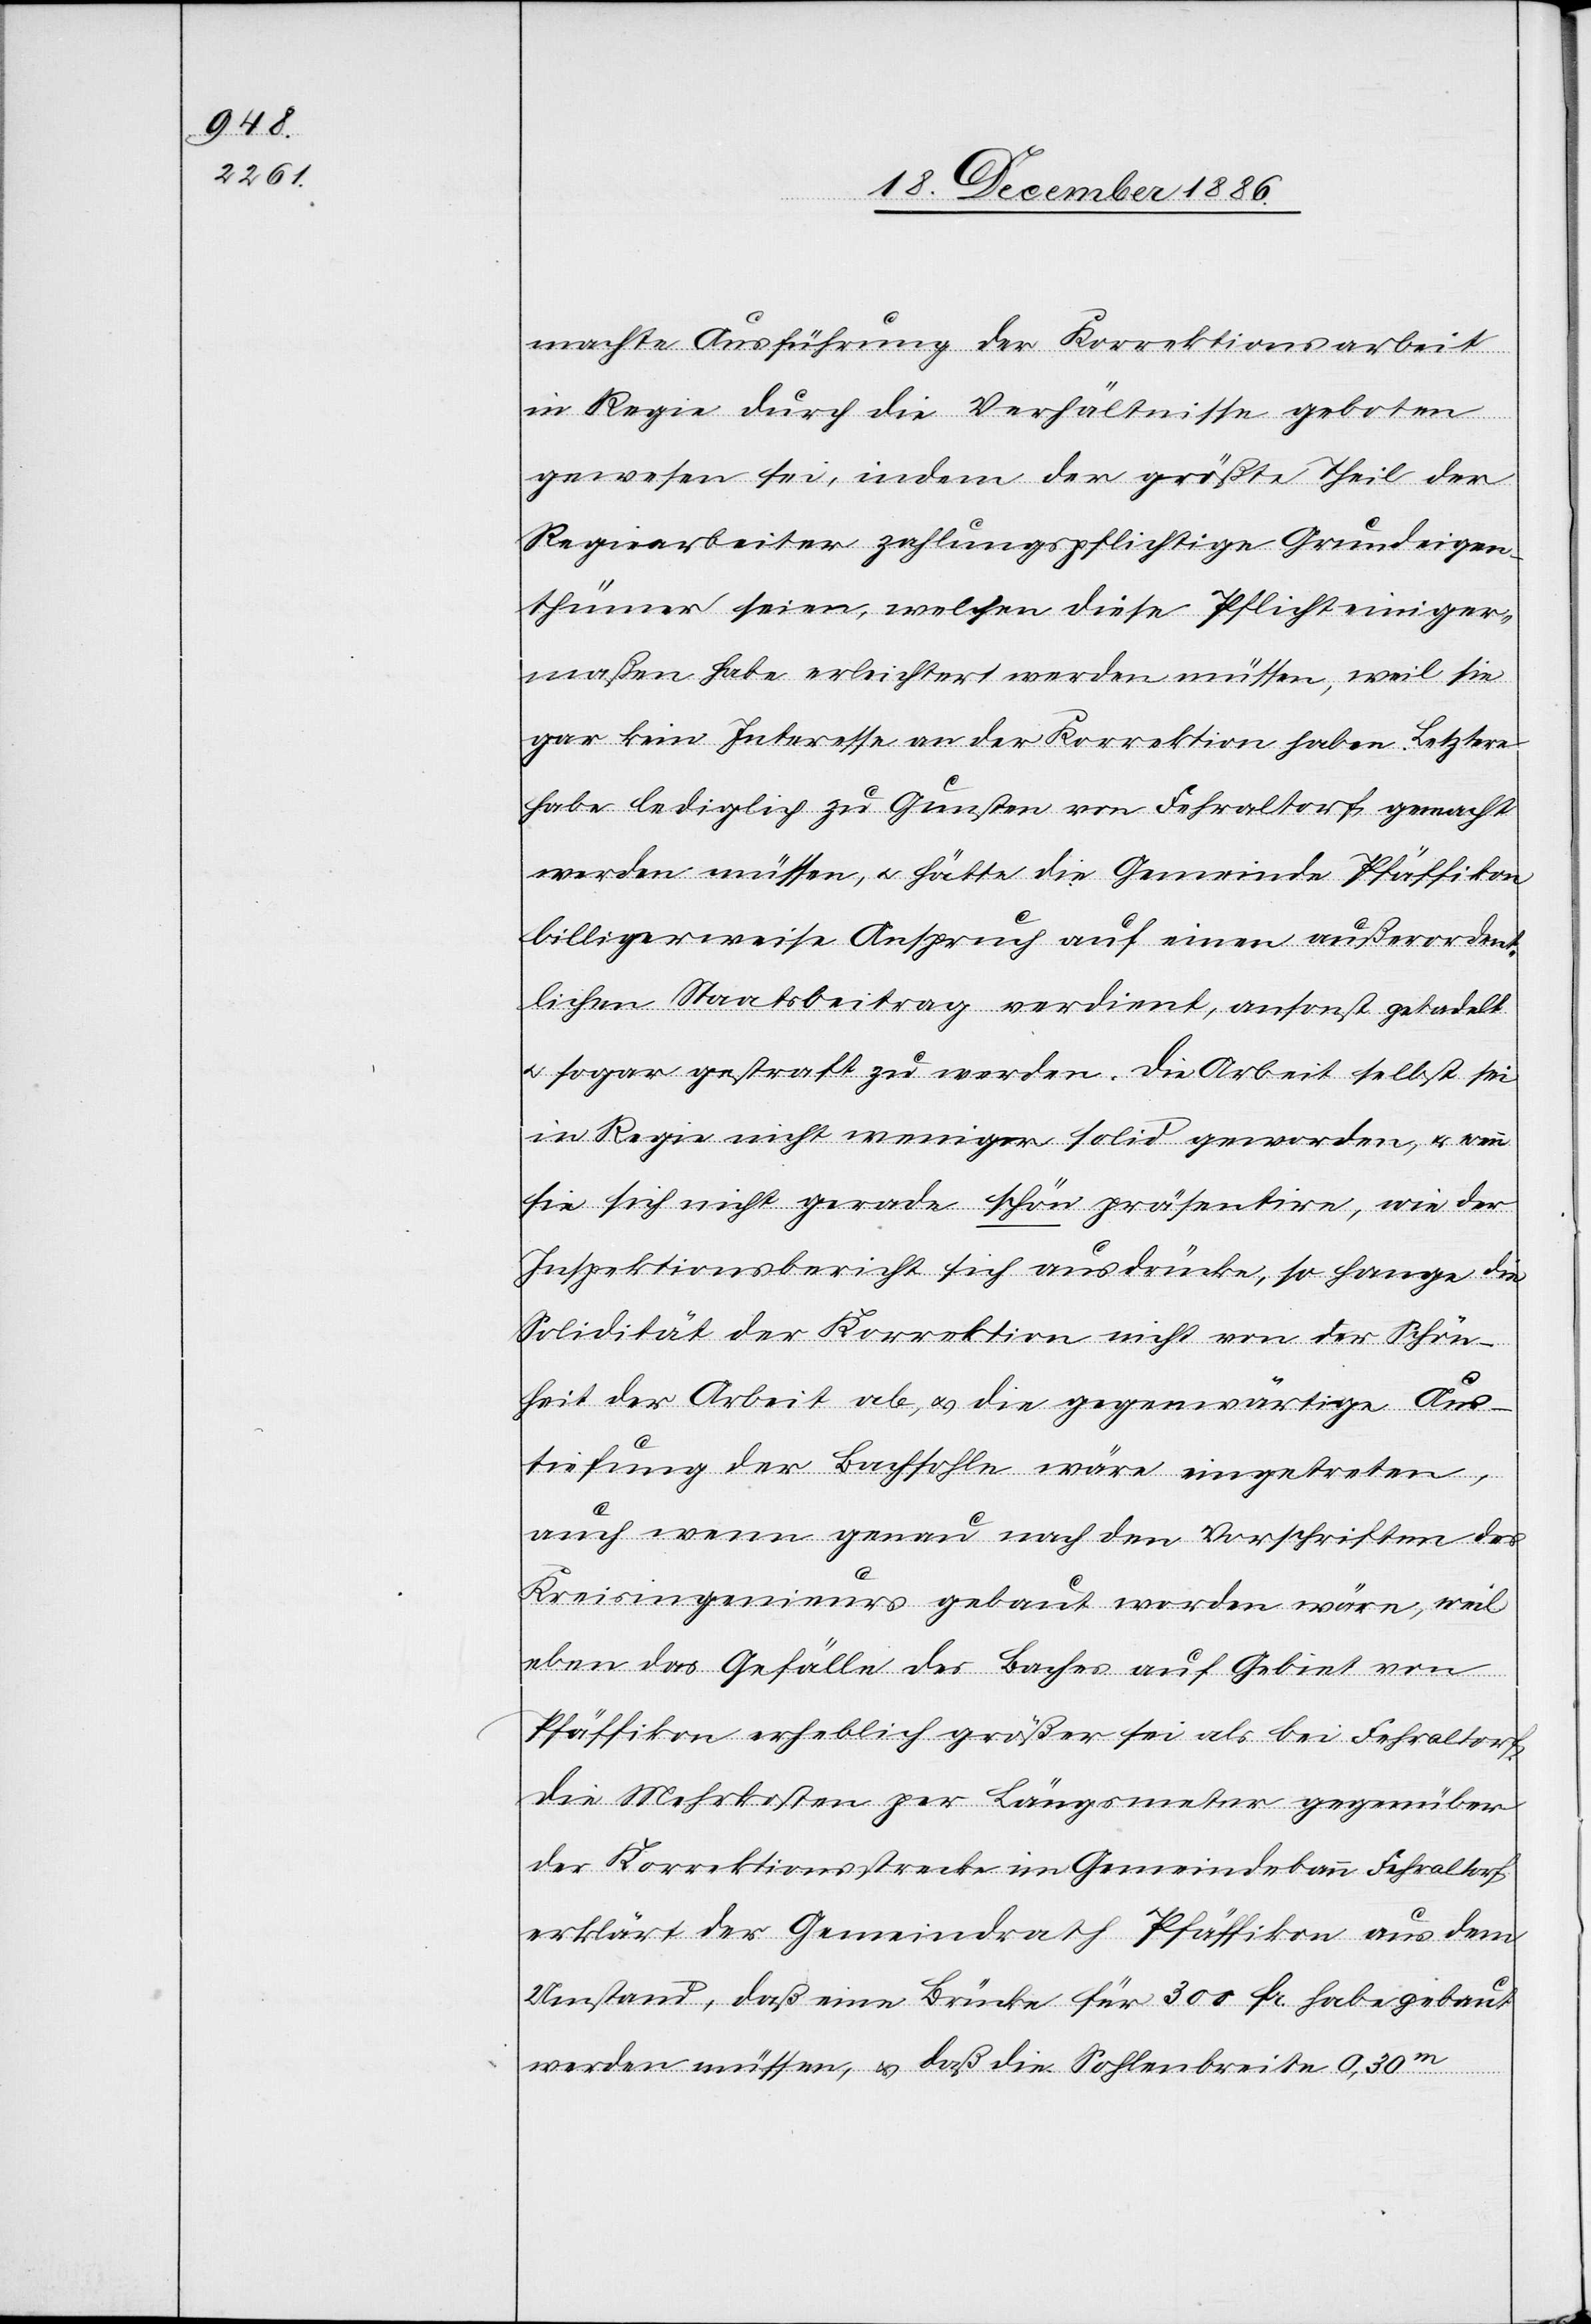
machte Ausführung der Korrektionsarbeit
in Regie durch die Verhältnisse geboten
gewesen sei, indem der größte Theil der
Regiearbeiter zahlungspflichtige Grundeigen¬
thümer seien, welchen diese Pflicht einiger¬
maßen habe erleichtert werden müssen, weil sie
gar kein Interesse an der Korrektion haben. Letztere
habe lediglich zu Gunsten von Fehraltorf gemacht
werden müssen, & hätte die Gemeinde Pfäffikon
billigerweise Anspruch auf einen außerordent¬
lichen Staatsbeitrag verdient, ansonst getadelt
& sogar gestraft zu werden. Die Arbeit selbst sei
in Regie nicht weniger solid geworden, & wenn
sie sich nicht gerade schön präsentire, wie der
Inspektionsbericht sich ausdrücke, so hange die
Solidität der Korrektion nicht von der Schön¬
heit der Arbeit ab, & die gegenwärtige Aus¬
tiefung der Bachsohle wäre eingetreten,
auch wenn genau nach den Vorschriften des
Kreisingenieurs gebaut worden wäre, weil
eben das Gefälle des Baches auf Gebiet von
Pfäffikon erheblich größer sei als bei Fehraltorf.
Die Mehrkosten per Längsmeter gegenüber
der Korrektionsstrecke im Gemeindebann Fehraltorf
erklärt der Gemeindrath Pfäffikon aus dem
Umstand, daß eine Brücke für 300 Fr. habe gebaut
werden müssen, & daß die Sohlenbreite 0,30m